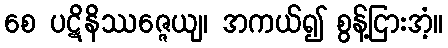
စေ ပဋိနိဿဇ္ဇေယျ၊ အကယ်၍ စွန့်ငြားအံ့။